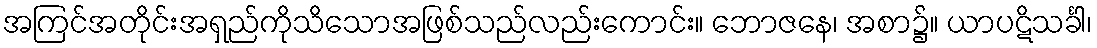
အကြင်အတိုင်းအရှည်ကိုသိသောအဖြစ်သည်လည်းကောင်း။ ဘောဇနေ၊ အစာ၌။ ယာပဋိသင်္ခါ၊